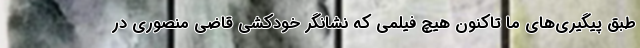
طبق پیگیری‌های ما تاکنون هیچ فیلمی که نشانگر خودکشی قاضی منصوری در